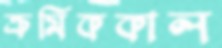
ক্রমিককাল